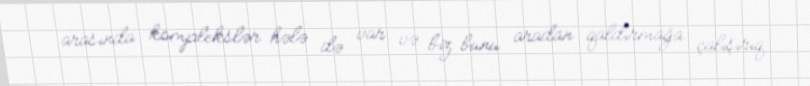
arasında komplekslər hələ də var və biz bunu aradan qaldırmağa çalışırıq.